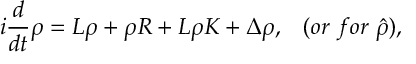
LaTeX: i { \frac { d } { d t } } \rho = L \rho + \rho R + L \rho K + \Delta \rho , \; \; \; ( o r \; f o r \; \hat { \rho } ) ,